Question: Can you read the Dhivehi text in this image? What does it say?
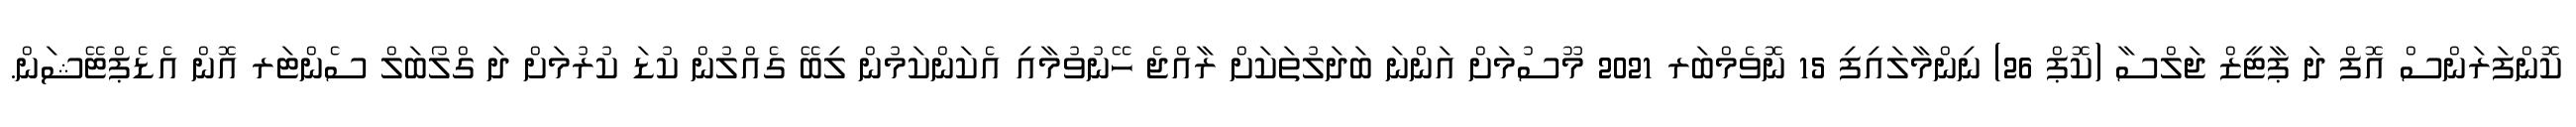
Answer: ކޮންފަރަންސް އޮފް ދަ ޕާޓީޒް ޖަލްސާ (ކޮޕް 26) ނިންމާލައިފި 15 ނޮވެމްބަރ 2021 މޫސުމަށް އަންނަ ބަދަލުތަކަށް ރާއްޖެ ހޭނުވުމާއި އެކަންކަމުން ލިބޭ ގެއްލުން ކުޑަ ކުރުމަށް ދަ ގްލޯބަލް ސެންޓަރ އޮން އެޑެޕްޓޭޝަން.